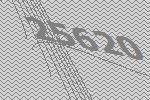
25620